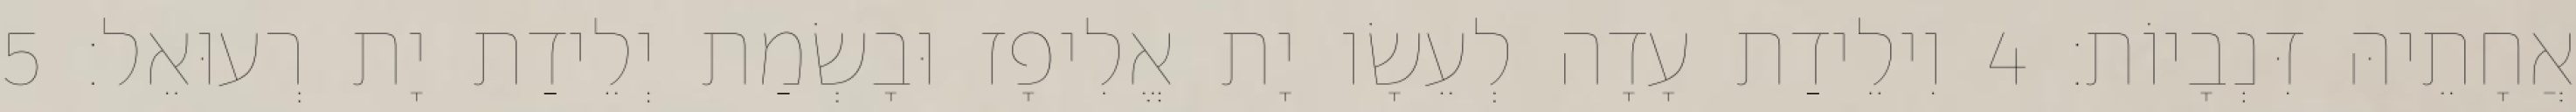
אֲחָתֵיהּ דִּנְבָיוֹת׃ 4 וִילֵידַת עָדָה לְעֵשָׂו יָת אֱלִיפָז וּבָשְׂמַת יְלֵידַת יָת רְעוּאֵל׃ 5